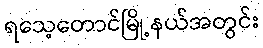
ရသေ့တောင်မြို့နယ်အတွင်း